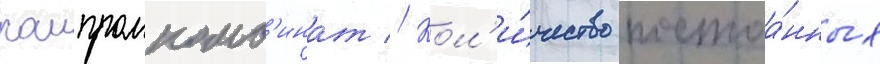
раипромкомб'инат // Кол'и́чество постоа́нных